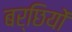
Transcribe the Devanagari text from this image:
बर्छियों